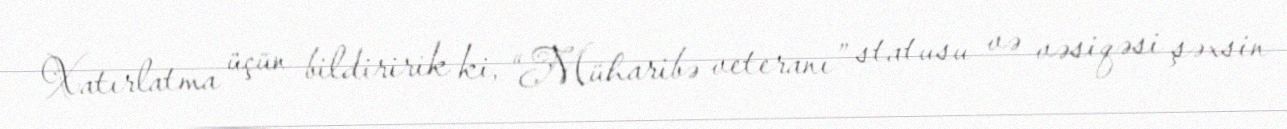
Xatırlatma üçün bildiririk ki, “Müharibə veteranı” statusu və vəsiqəsi şəxsin